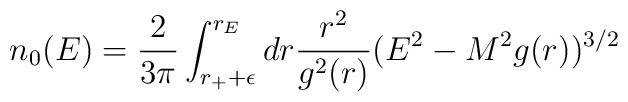
n_0(E)={2\over 3\pi}\int^{r_E}_{r_++\epsilon}dr {r^2\over g^2(r)}(E^2-M^2g(r))^{3/2}